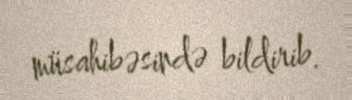
müsahibəsində bildirib.